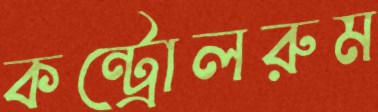
কন্ট্রোলরুম